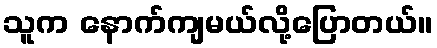
သူက နောက်ကျမယ်လို့ပြောတယ်။